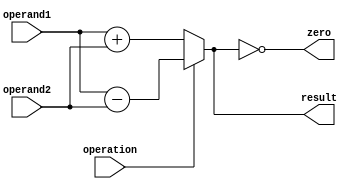
module Ilu #(parameter OPERAND_SIZE=32)(
    input operation,
    input [OPERAND_SIZE-1:0] operand1,
    input [OPERAND_SIZE-1:0] operand2,
    output [OPERAND_SIZE-1:0] result,
    output zero);

    assign result =
        (operation)? operand1 - operand2 
        : operand1 + operand2;

    assign zero = (result == 0);

endmodule